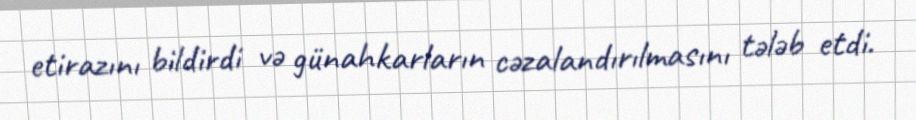
etirazını bildirdi və günahkarların cəzalandırılmasını tələb etdi.